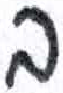
אות: ב